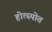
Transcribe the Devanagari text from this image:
होत्स्पोत